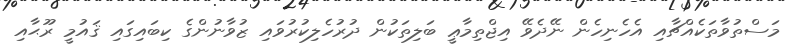
މަސްތުވާތަކެއްޗާއި އެހެނިހެން ނޭދެވޭ އިޖްތިމާޢީ ބަލިތަކުން ދުރުހެލިކުރުވައި ޒުވާނުންގެ ކިބައިގައި ޤައުމީ ރޫޙާއި